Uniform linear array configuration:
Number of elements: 24
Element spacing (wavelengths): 0.25
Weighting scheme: hann
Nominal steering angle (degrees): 30
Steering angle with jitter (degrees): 30.647
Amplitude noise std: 0.05
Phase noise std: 0.05

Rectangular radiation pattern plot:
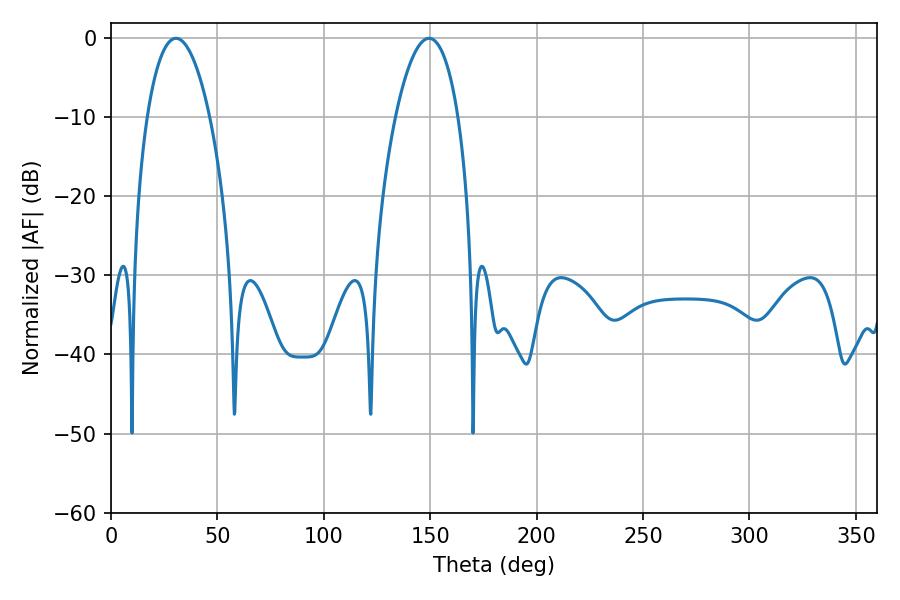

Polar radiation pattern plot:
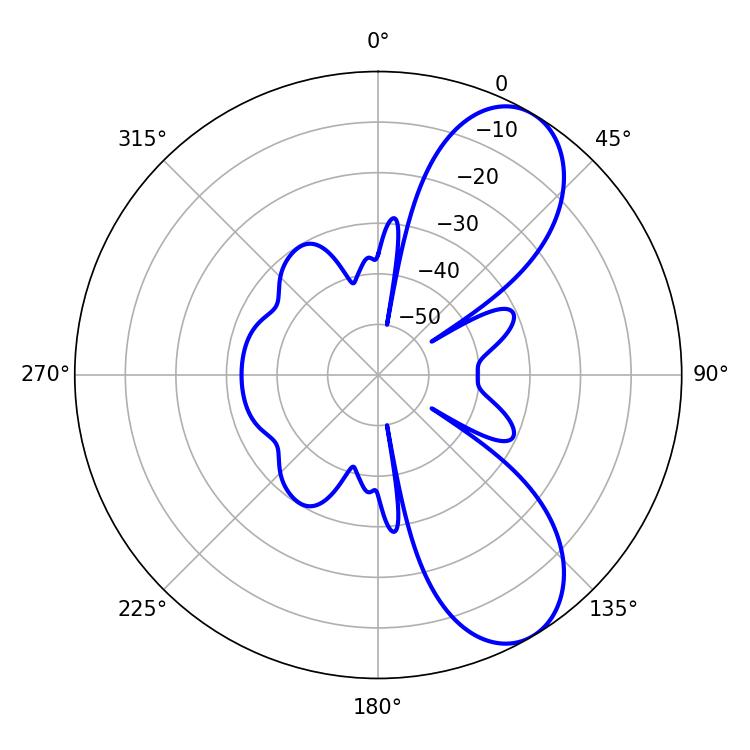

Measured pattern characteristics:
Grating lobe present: FALSE
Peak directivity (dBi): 8.061
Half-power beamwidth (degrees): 16.38
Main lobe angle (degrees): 30.6